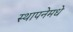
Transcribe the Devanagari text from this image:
स्थापनेमधे